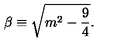
\beta \equiv \sqrt { m ^ { 2 } - \frac { 9 } { 4 } } .